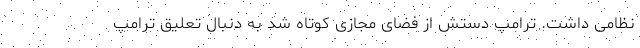
نظامی داشت. ترامپ دستش از فضای مجازی کوتاه شد به دنبال تعلیق ترامپ